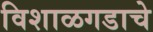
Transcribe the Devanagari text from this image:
विशाळगडाचे